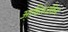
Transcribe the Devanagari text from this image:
आधिराजकिय